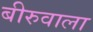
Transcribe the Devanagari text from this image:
बीरुवाला